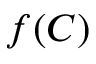
f ( C )